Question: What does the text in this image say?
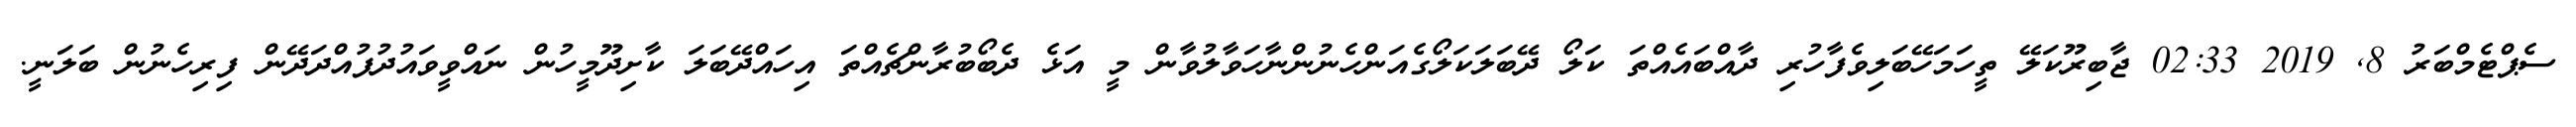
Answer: ސެޕްޓެމްބަރު 8, 2019 02:33 ޖާބިރޫކަލޭ ތީހަމަހޭބަލިވެފާހުރި ދާއްބައެއްތަ ކަލޯ ދޭބަލަކަލޯގެއަންހެނުންނާހަވާލުވާން މީ އަޅެ ދެބޯބުރާންޗެއްތަ އިހައްދޭބަލަ ކާށިދޫމީހުން ނައްވީވައުދުފުއްދަދޭން ފިރިހެނުން ބަލަނީ.